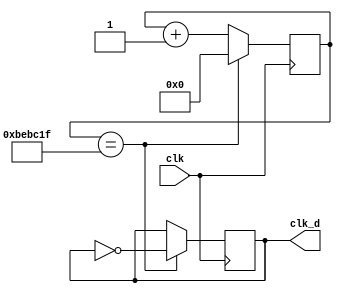
`timescale 1ns / 1ps
//////////////////////////////////////////////////////////////////////////////////
// Company: 
// Engineer: 
// 
// Design Name: 
// Module Name: clk_move
// Project Name: 
// Target Devices: 
// Tool Versions: 
// Description: 
// 
// Dependencies: 
// 
// Revision:
// Revision 0.01 - File Created
// Additional Comments:
// 
//////////////////////////////////////////////////////////////////////////////////


module clk_move(clk, clk_d);
  parameter div_value = 12499999;
  input clk;
  output clk_d;
  reg clk_d;
  reg [26:0]count;
  
  initial 
    begin
      clk_d = 0;
      count = 0;
    end
  always @ (posedge clk)
    begin 
      if(count == div_value)
        count <= 0;
      else
        count <= count + 1;
    end
  
  always @ (posedge clk)
    begin 
      if (count == div_value)
        clk_d <= ~clk_d;
    end
      
endmodule